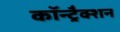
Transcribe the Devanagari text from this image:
कॉन्ट्रैक्शन